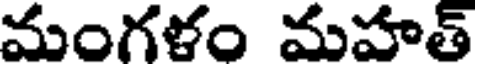
మంగళం మహత్